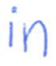
Text: in
Cross-out: clean
Writing tool: ballpoint